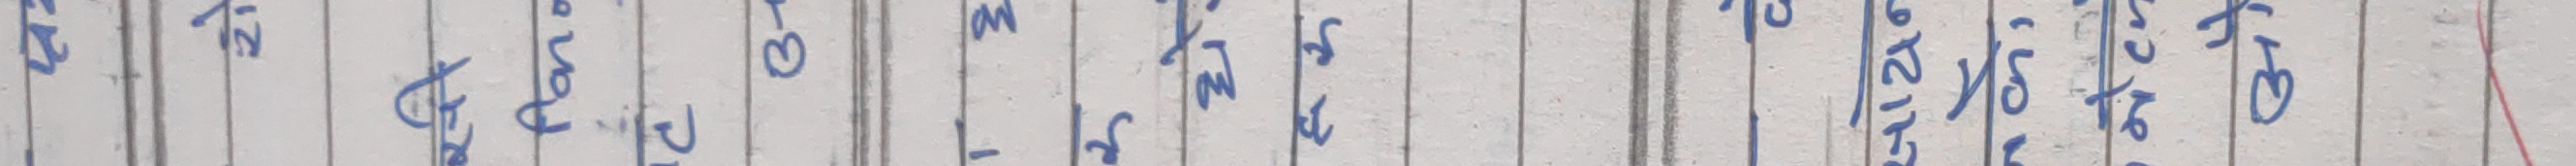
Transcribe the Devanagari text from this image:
१ २ आज पाठ (३) म न स श त थ द ध न १३ १४ १५ १६ १७ १८ १९ २० २१ २२ २३ २४ छ २५ २६ २७ २८ २९ ३० ३१ ३२ ३३ ३४ ३५ ३६